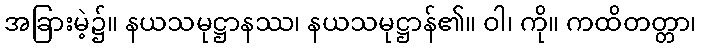
အခြားမဲ့၌။ နယသမုဋ္ဌာနဿ၊ နယသမုဋ္ဌာန်၏။ ဝါ၊ ကို။ ကထိတတ္တာ၊